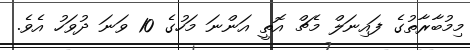
މިމުބާރާތުގެ ފައިނަލް މެޗް އޮތީ އަންނަ މަހުގެ 10 ވަނަ ދުވަހު އެވެ.